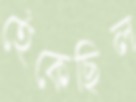
হেঁকেছিল